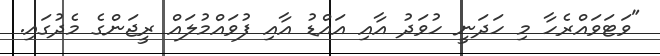
"ވަޓަވައްރެހާ މި ހަދަނީ ހުވަދު އާއި އައްޑު އާއި ފުވައްމުލައް ރީޖަންގެ މެދުގައި.